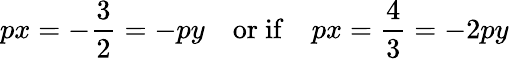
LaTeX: px=-\frac{3}{2}=-py\quad\mathrm{or\ if}\quad px=\frac{4}{3}=-2py